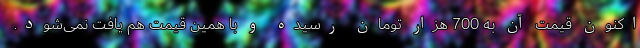
اکنون قیمت آن به 700 هزار تومان رسیده و با همین قیمت هم یافت نمی‌شود.